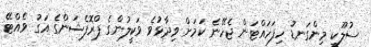
ސުލޫކީ މިންގަނޑު ހިފަހައްޓަން ޖެހޭނެ ކަމަށް ވިދާޅުޥެ ވަކީލުންގެ ޕްރޮފެޝަންގެ އަގު ވެއްޓޭ